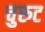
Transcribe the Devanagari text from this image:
चुरुट